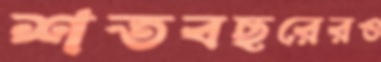
শতবছরেরও